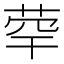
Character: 𦯼